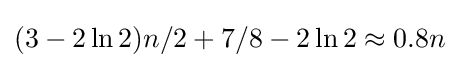
(3-2\ln 2)n/2+7/8-2\ln 2\approx 0.8n